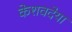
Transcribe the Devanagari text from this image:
केशवदेया